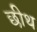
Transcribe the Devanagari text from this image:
छीथ